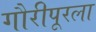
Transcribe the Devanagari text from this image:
गौरीपूरला